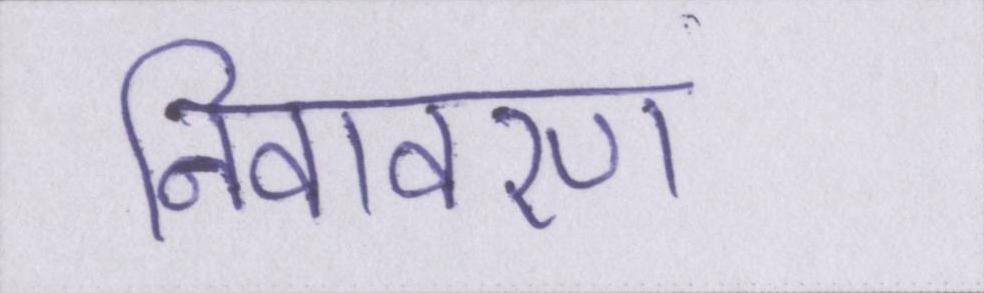
निवावरण